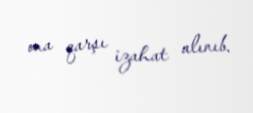
ona qarşı izahat alınıb.